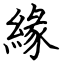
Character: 緣